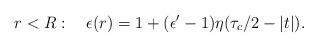
LaTeX: \begin{align*}r<R:\quad \epsilon(r)=1+(\epsilon'-1)\eta(\tau_c/2-|t|).\end{align*}